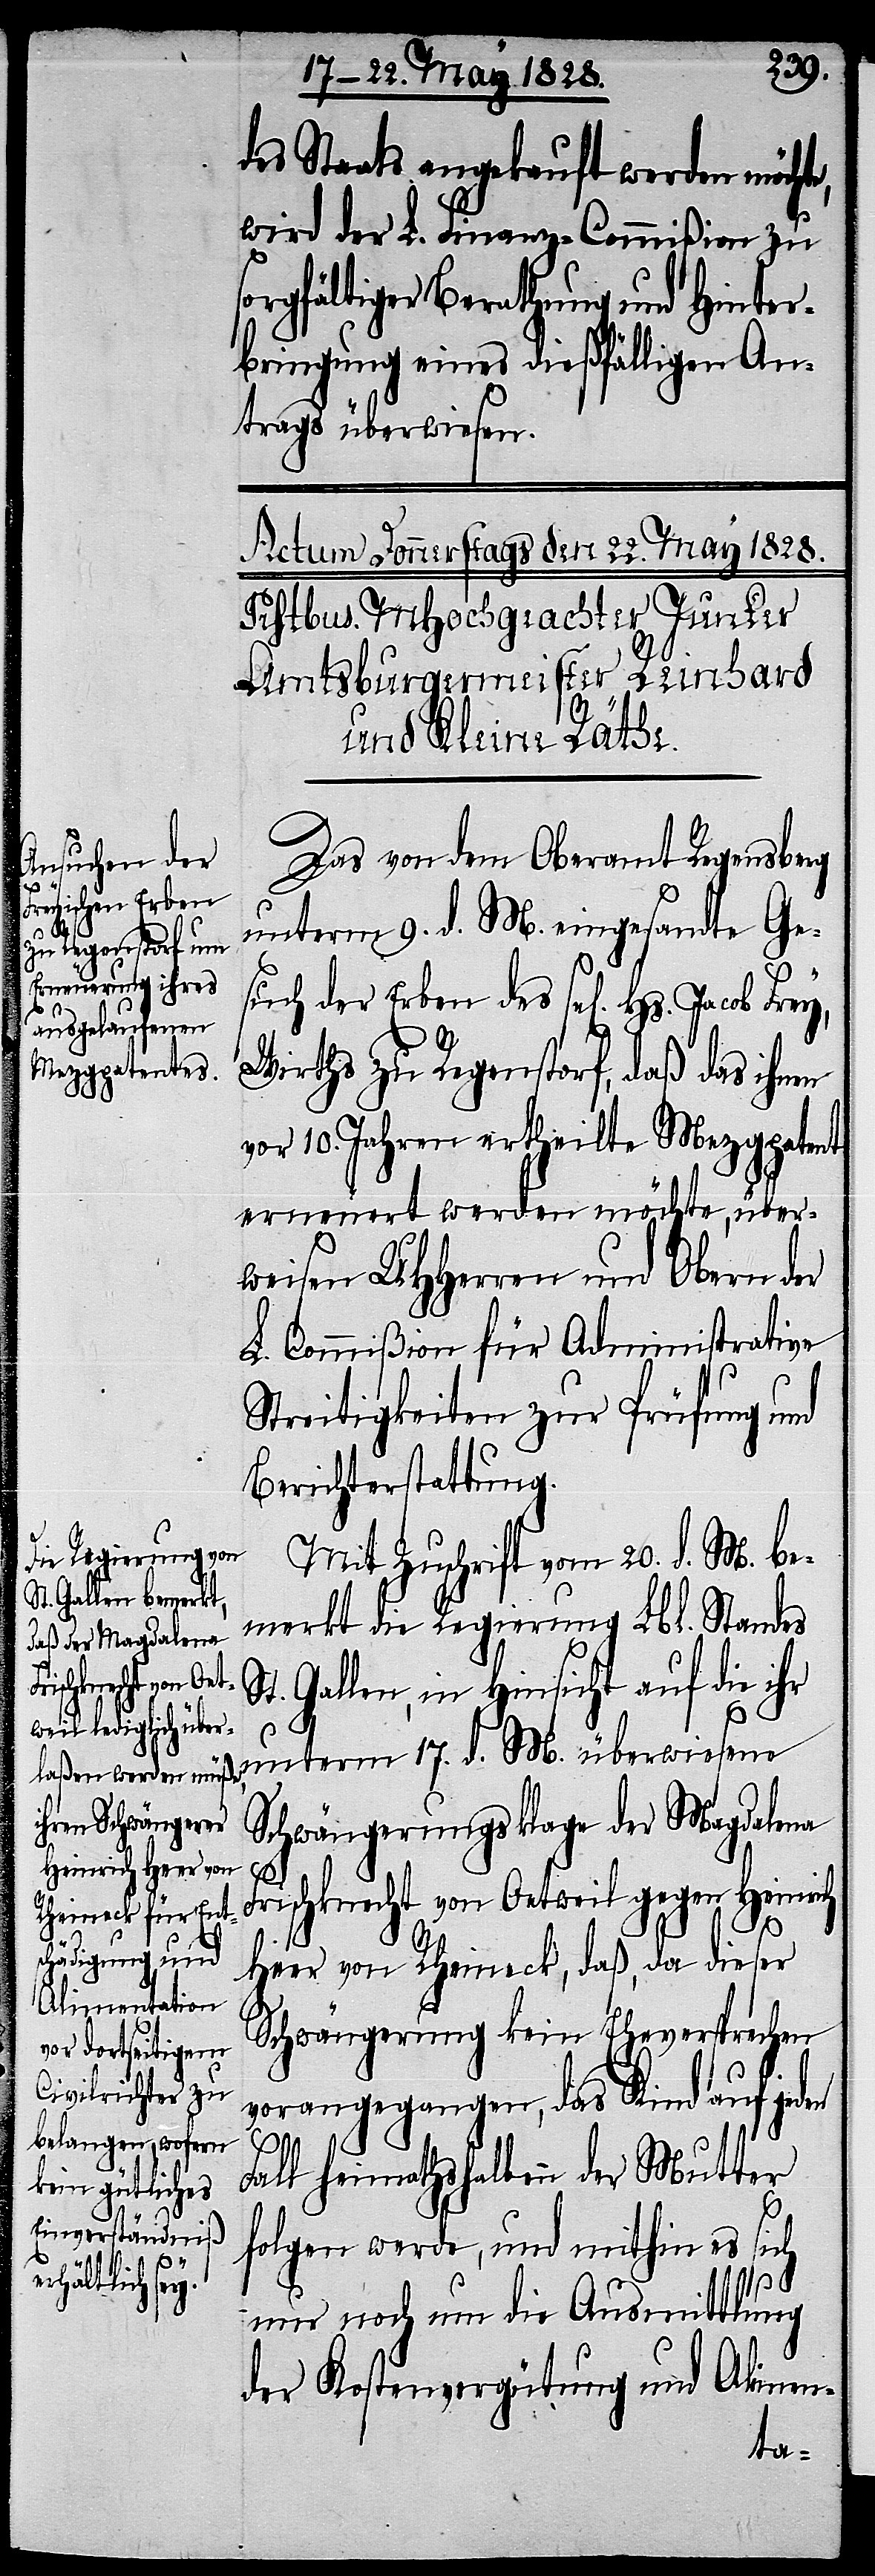
des Staats angekauft werden möchte,
wird der L. Finanz-Commißion zu
sorgfältiger Berathung und Hinter¬
bringung eines dießfälligen An¬
trags überwiesen.
Das von dem Oberamt Regensberg
unterm 9. d. M. eingesandte Ge¬
such der Erben des sel[igen] Hs. Jacob
Wirths zu Regenstorf, daß das ihnen
vor 10. Jahren ertheilte Mezgpatent
erneuert werden möchte, über¬
weisen UHHerren und Obern der
L. Commißion für Administrative
Streitigkeiten zur Prüfung und
Berichterstattung.
Mit Zuschrift vom 20. d. M. be¬
merkt die Regierung Lbl. Standes
t. Gallen, in Hinsicht auf die ihr
unterm 17. d. M. überwiesene
Schwängerungsklage der Magdalena
Frischknecht von Oetweil gegen Heinrich
S¬
Heer von Rheineck, daß, da dieser
Schwängerung kein Eheversprechen
vorangegangen, das Kind auf jeden
Fall heimathshalben der Mutter
folgen werde, und mithin es sich
nur noch um die Ausmittlung
der Kostenvergütung und Alimen-